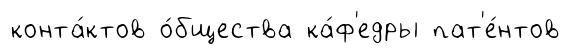
конта́ктов о́бщества ка́ф'едры пат'е́нтов